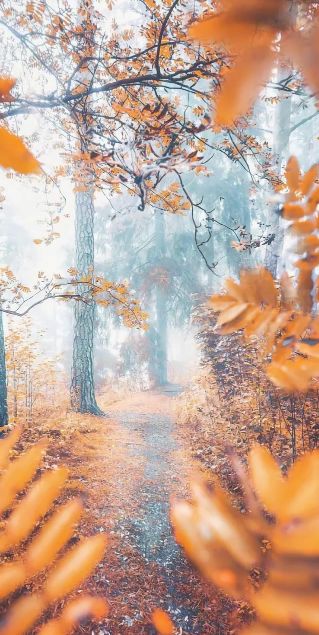
嘶马摇鞭何处去？晓禽霜满树。